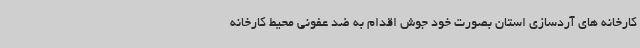
کارخانه های آردسازی استان بصورت خود جوش اقدام به ضد عفونی محیط کارخانه